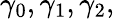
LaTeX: \gamma_{0},\gamma_{1},\gamma_{2},